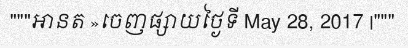
"""អានត »ចេញផ្សាយថ្ងៃទី May 28, 2017 |"""